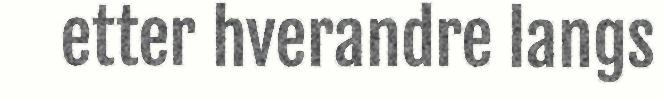
etter hverandre langs